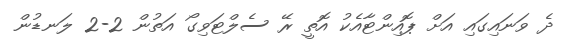
ދެ ވަނައިގައި އަށް ޕޮއިންޓާއެކު އޮތީ ރޭ ސެލްޓަވިގޯ އަތުން 2-2 ލަނޑުން